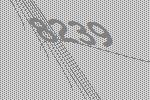
8239